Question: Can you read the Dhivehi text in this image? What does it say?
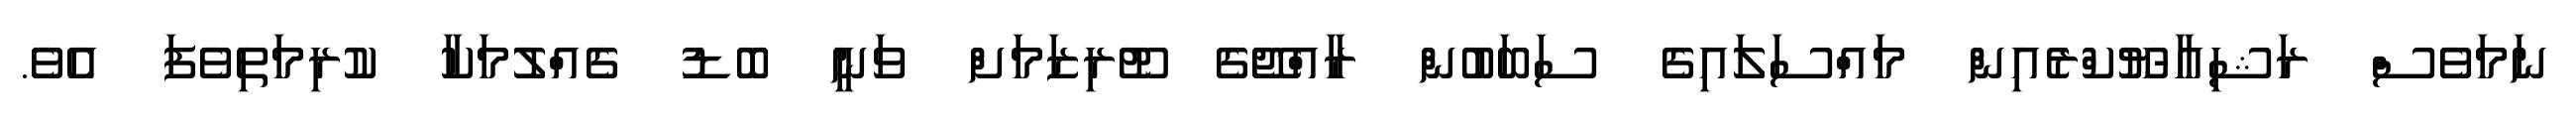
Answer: ނަމަވެސް ރަޝިއާ-ޔޫކްރެއިން މައްސަލައިގެ ސަބަބުން ރާއްޖޭގެ ޓޫރިޒަމަށް ވަނީ ބޮޑު ގެއްލުމަކާ ކުރިމަތިވެފަ އެވެ.